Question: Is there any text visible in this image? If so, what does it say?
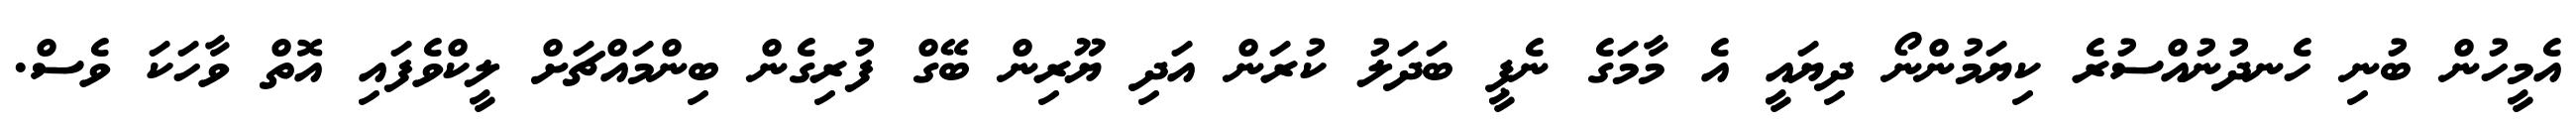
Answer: އެމީހުން ބުނި ހެނދުނުއްސުރެ ކިޔަމުންނޯ ދިޔައީ އެ މާމަގެ ނެޕީ ބަދަލު ކުރަން އަދި ޔޫރިން ބޭގް ފުރިގެން ބިންމައްޗަށް ލީކްވެފައި އޮތް ވާހަކަ ވެސް.